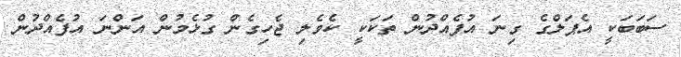
ސަބަބަކީ އެޕަލްގެ ގިނަ އުފެއްދުން ތަކަކީ ކެވެލި ޖެހިގެން ގުޅެމުން އަންނަ އުފެއްދުން